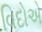
વિદોએ